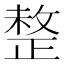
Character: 𢿄